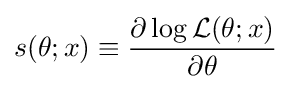
s(\theta ;x)\equiv {\frac {\partial \log {\mathcal {L}}(\theta ;x)}{\partial \theta }}